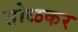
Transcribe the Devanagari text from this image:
सोळकर